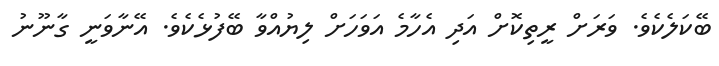
ބޭކަލެކެވެ. ވަރަށް ރީތިކޮށް އަދި އެހާމެ އަވަހަށް ލިޔުއްވާ ބޭފުޅެކެވެ. އޭނާވަނީ ގާނޫނު